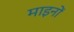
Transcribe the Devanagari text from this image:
माइनों